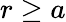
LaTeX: r\ge a